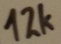
Text: 12K